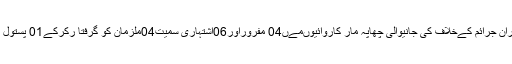
لا ڑکانہ پولےس نے دوران جرائم کےخلاف کی جانیوالی چھاپہ مار کاروائیوںمےں04 مفروراور06اشتہاری سمیت04ملزمان کو گرفتا رکرکے01 پستول بمعہ راو¿نڈزبرآمدکیے۔